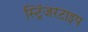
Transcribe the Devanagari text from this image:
स्ट्रिंजरटाइप